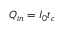
Q _ { i n } = I _ { 0 } t _ { c }